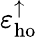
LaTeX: \varepsilon_{\mathrm{ho}}^{\uparrow}